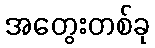
အတွေးတစ်ခု